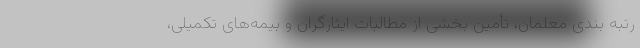
رتبه بندی معلمان، تأمین بخشی از مطالبات ایثارگران و بیمه‌های تکمیلی،